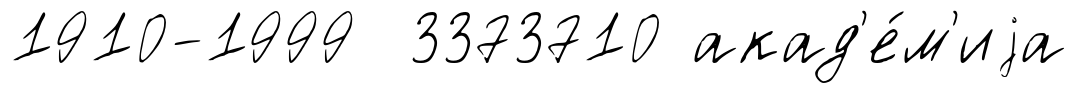
1910-1999 3373710 акад'е́м'иjа